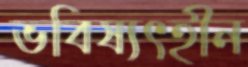
ভবিষ্যৎহীন